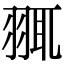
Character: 䎎